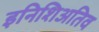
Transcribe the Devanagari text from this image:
इनिशिअतिव